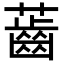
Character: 𧀤